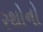
રથોનો